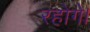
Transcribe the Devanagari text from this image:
रहोगे।